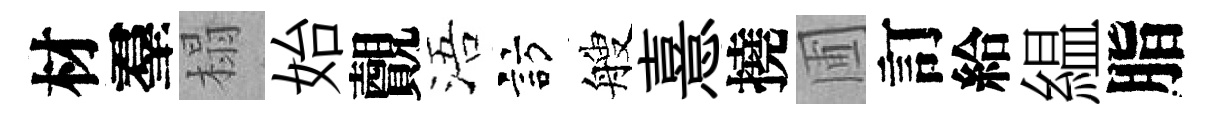
材羣榻始覿浯訪艘憙撓圃訂給緼脂